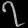
Digit: ၇